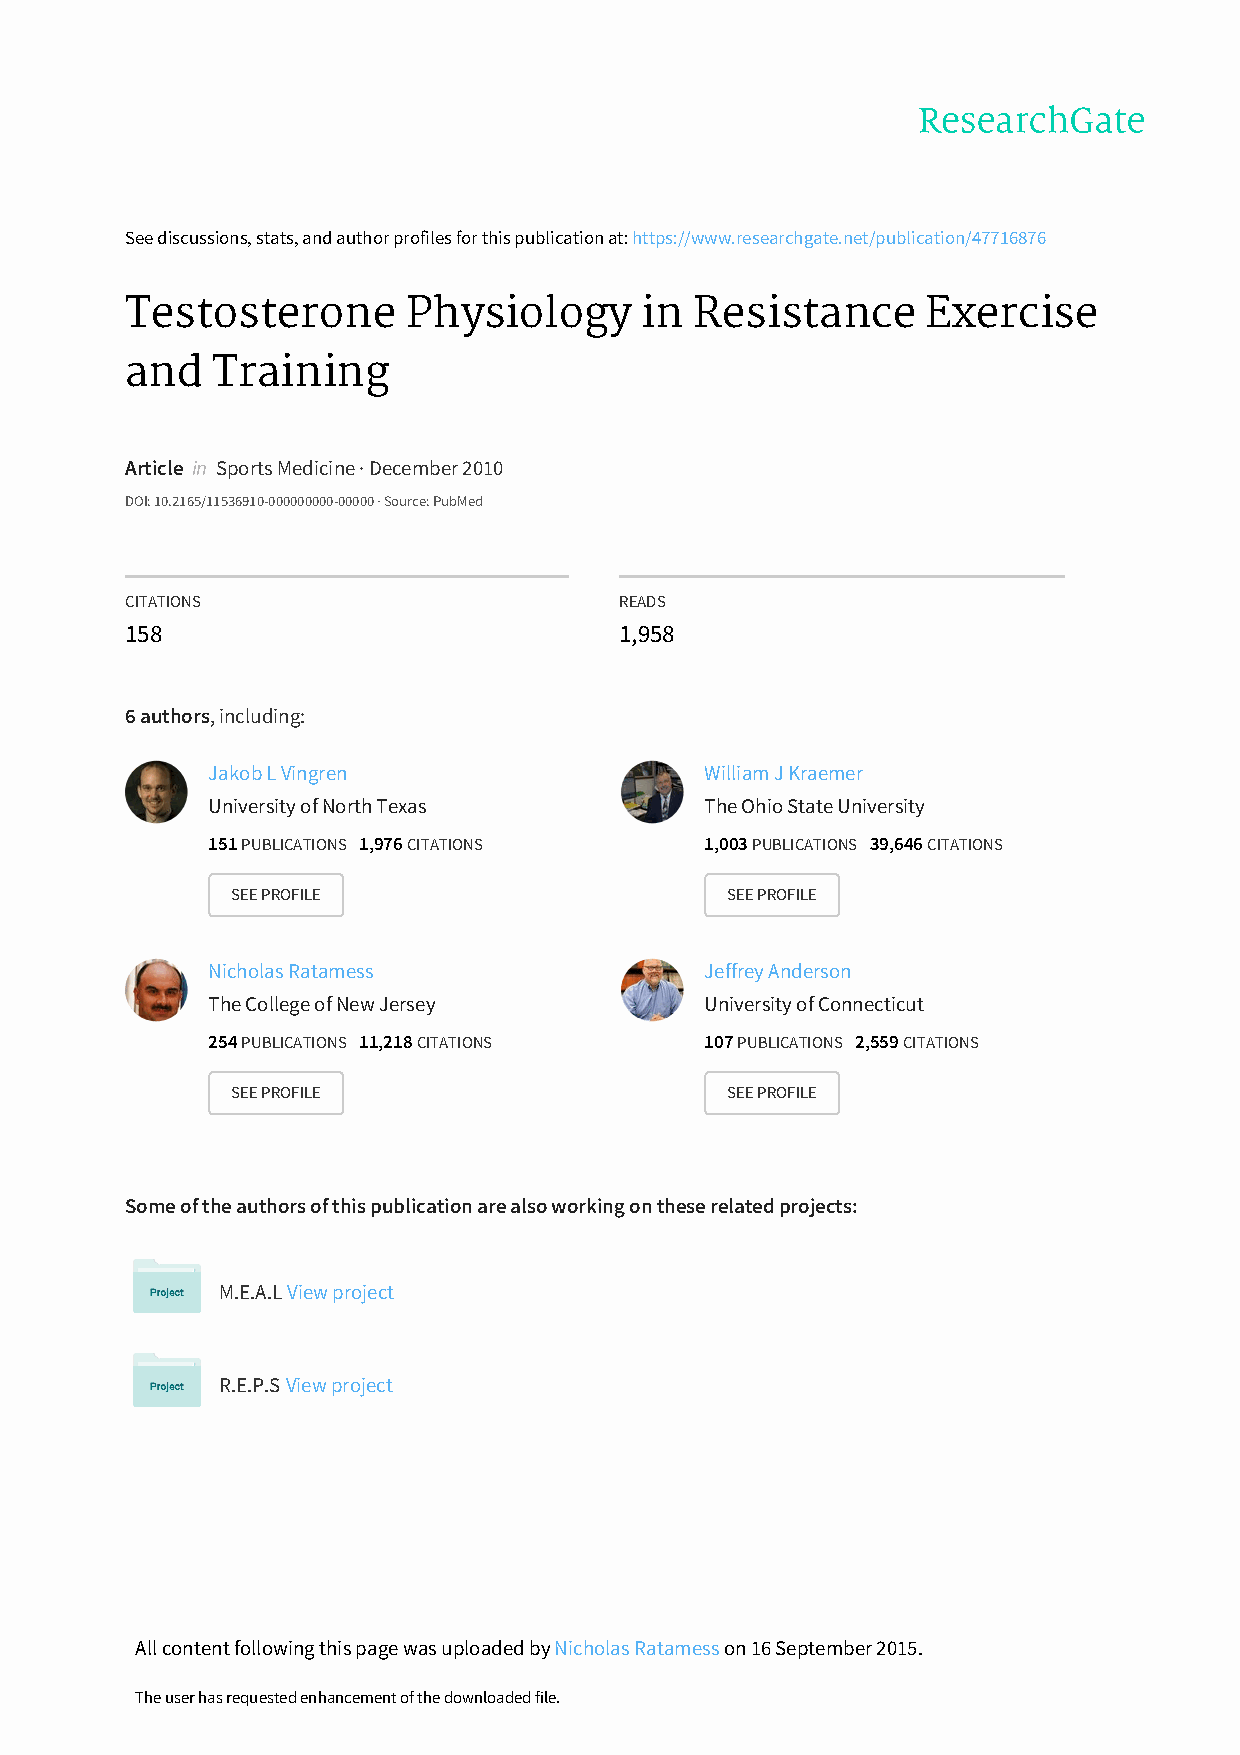
See discussions, stats, and author profiles for this publication at: https://www.researchgate.net/publication/47716876
 Testosterone       Physiology     in  Resistance     Exercise
 and   Training
 Article in Sports Medicine · December 2010
 DOI: 10.2165/11536910-000000000-00000 · Source: PubMed
 CITATIONS                        READS
 158                              1,958
 6 authors, including:
 Jakob L Vingren                  William J Kraemer
 University of North Texas        The Ohio State University
 151 PUBLICATIONS 1,976 CITATIONS 1,003 PUBLICATIONS 39,646 CITATIONS
 SEE PROFILE                      SEE PROFILE
 Nicholas Ratamess                Jeffrey Anderson
 The College of New Jersey        University of Connecticut
 254 PUBLICATIONS 11,218 CITATIONS 107 PUBLICATIONS 2,559 CITATIONS
 SEE PROFILE                      SEE PROFILE
 Some of the authors of this publication are also working on these related projects:
 M.E.A.L View project
 R.E.P.S View project
 All content following this page was uploaded by Nicholas Ratamess on 16 September 2015.
 The user has requested enhancement of the downloaded file.